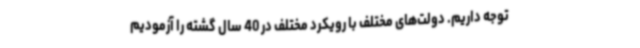
توجه داریم. دولت‌های مختلف با رویکرد مختلف در 40 سال گشته را آزمودیم